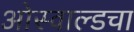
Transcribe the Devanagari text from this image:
ओस्वाल्डचा